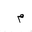
Letter: _mim